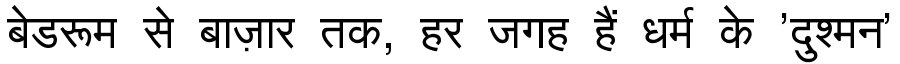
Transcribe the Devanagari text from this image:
बेडरूम से बाज़ार तक, हर जगह हैं धर्म के 'दुश्मन'